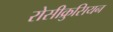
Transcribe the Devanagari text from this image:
रोसीक्रुसियन